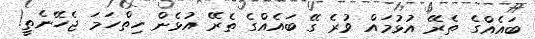
ބައެއްގެ ތެރޭ އުޅުމައް ވުރެ ގޭ ބައެއްގެ ތެރޭ އުޅެން ހިތްހަމަ ޖެހޭނެތީ!